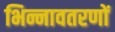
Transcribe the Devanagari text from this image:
भिन्नावतरणों